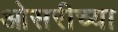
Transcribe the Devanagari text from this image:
ओसरीच्या